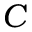
C